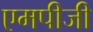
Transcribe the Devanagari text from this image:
एमपीजी